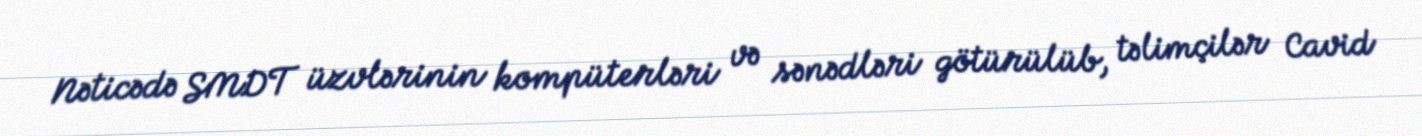
Nəticədə SMDT üzvlərinin kompüterləri və sənədləri götürülüb, təlimçilər Cavid